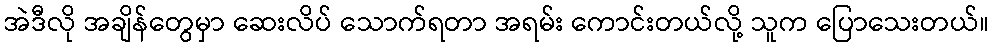
အဲဒီလို အချိန်တွေမှာ ဆေးလိပ် သောက်ရတာ အရမ်း ကောင်းတယ်လို့ သူက ပြောသေးတယ်။